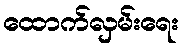
ထောက်လှမ်းရေး